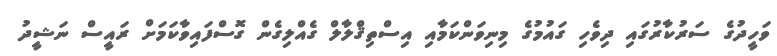
ވަހީދުގެ ސަރުކާރުގައި ދިވެހި ގައުމުގެ މިނިވަންކަމާއި އިސްތިޤްލާލް ގެއްލިގެން ގޮސްފައިވާކަމަށް ރައީސް ނަޝީދު